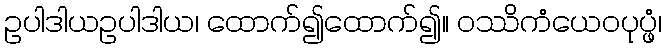
ဥပါဒါယဥပါဒါယ၊ ထောက်၍ထောက်၍။ ဝဿိကံယေဝပုပ္ဖံ၊